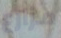
مزارع